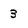
Character: 3